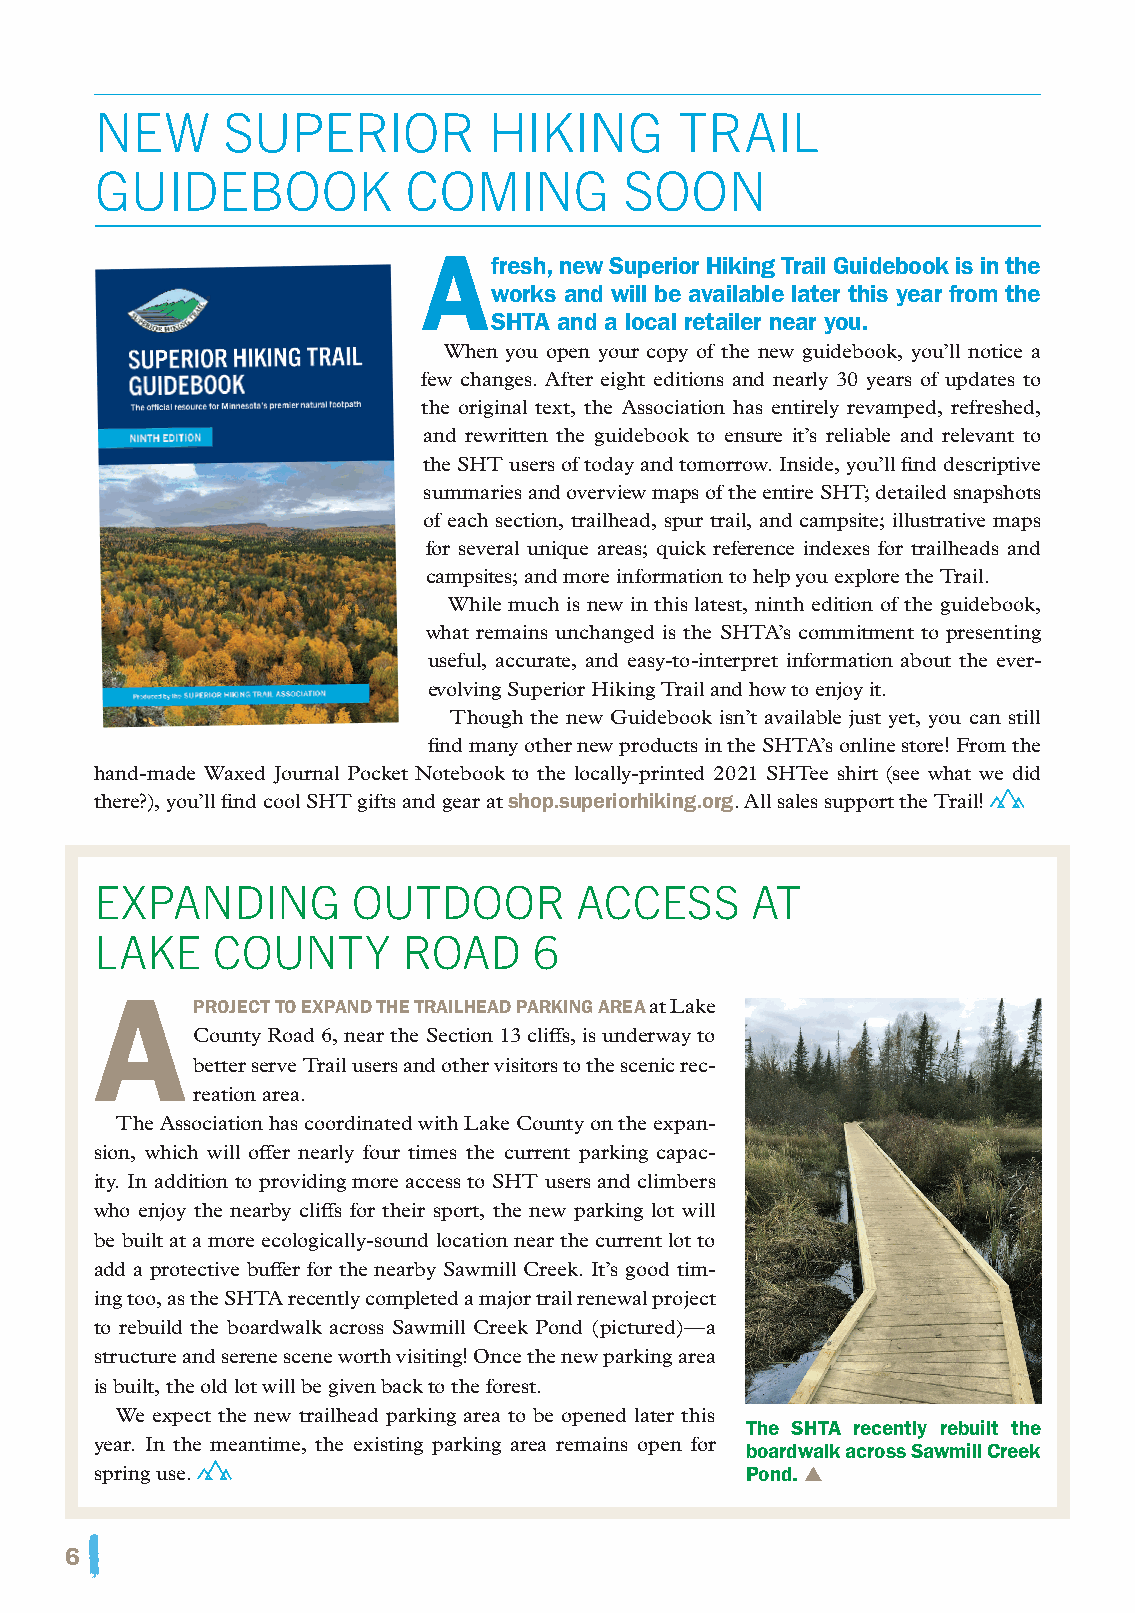
new      superior         hiking       trAil
 guidebook            Coming        soon
 A    fresh, new Superior Hiking Trail guidebook is in the
 works and will be available later this year from the
 SHTA and a local retailer near you.
 When you open your copy of the new guidebook, you’ll notice a
 few changes. After eight editions and nearly 30 years of updates to
 the original text, the Association has entirely revamped, refreshed,
 and rewritten the guidebook to ensure it’s reliable and relevant to
 the SHT users of today and tomorrow. Inside, you’ll find descriptive
 summaries and overview maps of the entire SHT; detailed snapshots
 of each section, trailhead, spur trail, and campsite; illustrative maps
 for several unique areas; quick reference indexes for trailheads and
 campsites; and more information to help you explore the Trail.
 While much is new in this latest, ninth edition of the guidebook,
 what remains unchanged is the SHTA’s commitment to presenting
 useful, accurate, and easy-to-interpret information about the ever-
 evolving Superior Hiking Trail and how to enjoy it.
 Though the new Guidebook isn’t available just yet, you can still
 find many other new products in the SHTA’s online store! From the
 hand-made Waxed Journal Pocket Notebook to the locally-printed 2021 SHTee shirt (see what we did
 there?), you’ll find cool SHT gifts and gear at shop.superiorhiking.org. All sales support the Trail!
 expAnding        outdoor        ACCess      At
 lAke    CountY       roAd    6
 A
 proJecT To expAnd THe TrAilHeAd pArking AreA at Lake
 County Road 6, near the Section 13 cliffs, is underway to
 better serve Trail users and other visitors to the scenic rec-
 reation area.
 The Association has coordinated with Lake County on the expan-
 sion, which will offer nearly four times the current parking capac-
 ity. In addition to providing more access to SHT users and climbers
 who enjoy the nearby cliffs for their sport, the new parking lot will
 be built at a more ecologically-sound location near the current lot to
 add a protective buffer for the nearby Sawmill Creek. It’s good tim-
 ing too, as the SHTA recently completed a major trail renewal project
 to rebuild the boardwalk across Sawmill Creek Pond (pictured)—a
 structure and serene scene worth visiting! Once the new parking area
 is built, the old lot will be given back to the forest.
 We expect the new trailhead parking area to be opened later this
 The SHTA recently rebuilt the
 year. In the meantime, the existing parking area remains open for
 boardwalk across Sawmill creek
 spring use.                                pond. ▲
 6